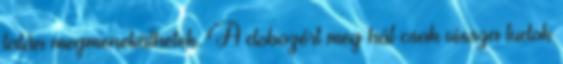
talán megmenekülhetek. A dobozért meg hát csak vissza tudok